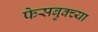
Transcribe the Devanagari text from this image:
फेसबुक्च्या